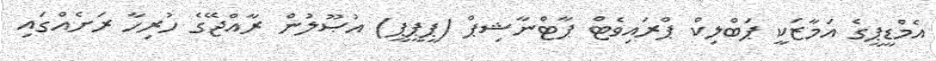
އެމްޑީޕީގެ އަމާޒަކީ ޕަބްލިކް ޕްރައިވެޓް ޕާޓްނާޝިޕް (ޕީޕީޕީ) އުޞޫލުން ރާއްޖޭގެ ހުރިހާ ރަށެއްގައި